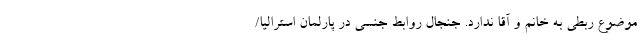
موضوع ربطی به خانم و آقا ندارد. جنجال روابط جنسی در پارلمان استرالیا/